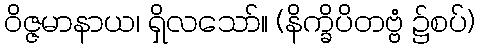
ဝိဇ္ဇမာနာယ၊ ရှိလသော်။ (နိက္ခိပိတဗ္ဗံ ၌စပ်)